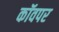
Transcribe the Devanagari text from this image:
कॉवपर